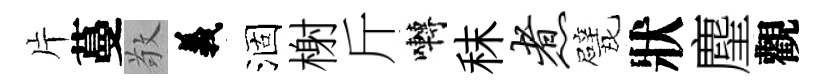
片蔓敬義涸榭斤囀秣煮戏狀麈觀